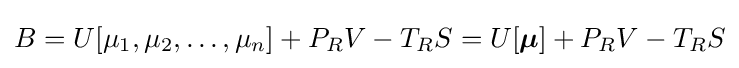
B=U[\mu _{1},\mu _{2},\ldots ,\mu _{n}]+P_{R}V-T_{R}S=U[{\boldsymbol {\mu }}]+P_{R}V-T_{R}S